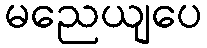
မညေယျပေ